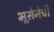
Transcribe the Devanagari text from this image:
भूसेनेची